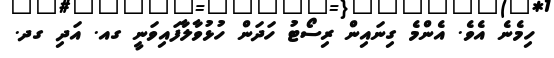
ހިމެނެ އެވެ. އެންމެ ގިނައިން ރިސޯޓު ހަދަން ހުޅުވާލާފައިވަނީ ގއ. އަދި ގދ.